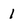
Character: 1